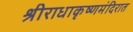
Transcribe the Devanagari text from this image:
श्रीराधाकृष्णमंदिरात